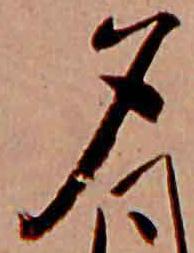
夕